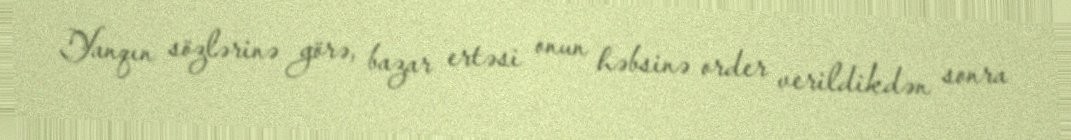
Yanqın sözlərinə görə, bazar ertəsi onun həbsinə order verildikdən sonra